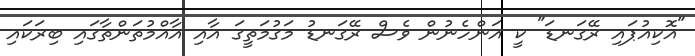
"އޮކިއުޕައި ރޭގަނޑަ" ކީ އަންހެނުން ވެސް ރޭގަނޑު މަގުމަތީގަ އާއި އާއްމުތަންތާގައި ބިރަކައި